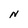
Character: N